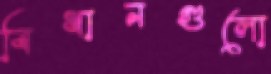
বিধানগুলো